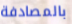
بالمصادفة